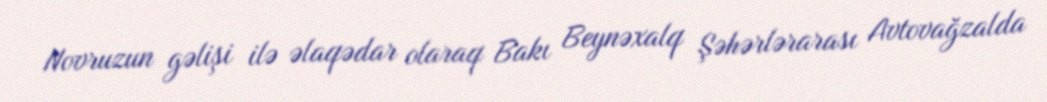
Novruzun gəlişi ilə əlaqədar olaraq Bakı Beynəxalq Şəhərlərarası Avtovağzalda